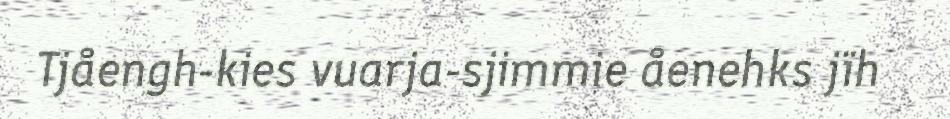
Tjåengh-kies vuarja-sjimmie åenehks jïh